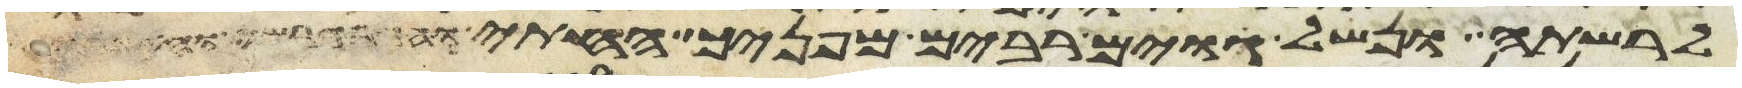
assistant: לרשתה ונשל גוים רבים מפניך החתי והגרגשי והאמרי